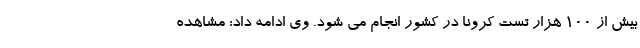
بیش از ۱۰۰ هزار تست کرونا در کشور انجام می شود. وی ادامه داد: مشاهده